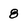
Character: 8